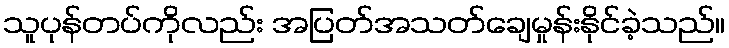
သူပုန်တပ်ကိုလည်း အပြတ်အသတ်ချေမှုန်းနိုင်ခဲ့သည်။